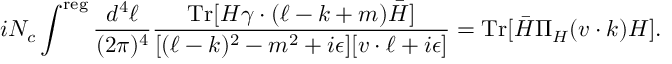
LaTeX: i N _ { c } \int ^ { \mathrm { r e g } } \frac { d ^ { 4 } \ell } { ( 2 \pi ) ^ { 4 } } \frac { \mathrm { T r } [ H \gamma \cdot ( \ell - k + m ) \bar { H } ] } { [ ( \ell - k ) ^ { 2 } - m ^ { 2 } + i \epsilon ] [ v \cdot \ell + i \epsilon ] } = \mathrm { T r } [ \bar { H } \Pi _ { H } ( v \cdot k ) H ] .